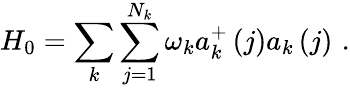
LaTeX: H_{0}=\sum_{k}\sum_{j=1}^{N_{k}}\omega_{k}a_{k}^{+}\left(j\right)a_{k}\left(j\right)\, \, .